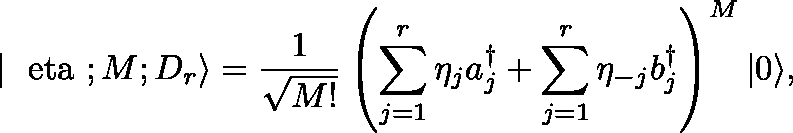
| \mathrm { \boldmath { ~ \ e t a ~ } } ; M ; D _ { r } \rangle = { \frac { 1 } { \sqrt { M ! } } } \left( \sum _ { j = 1 } ^ { r } \eta _ { j } a _ { j } ^ { \dagger } + \sum _ { j = 1 } ^ { r } \eta _ { - j } b _ { j } ^ { \dagger } \right) ^ { M } | 0 \rangle ,